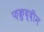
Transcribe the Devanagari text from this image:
फ़क्रुद्दीन